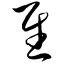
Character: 慰